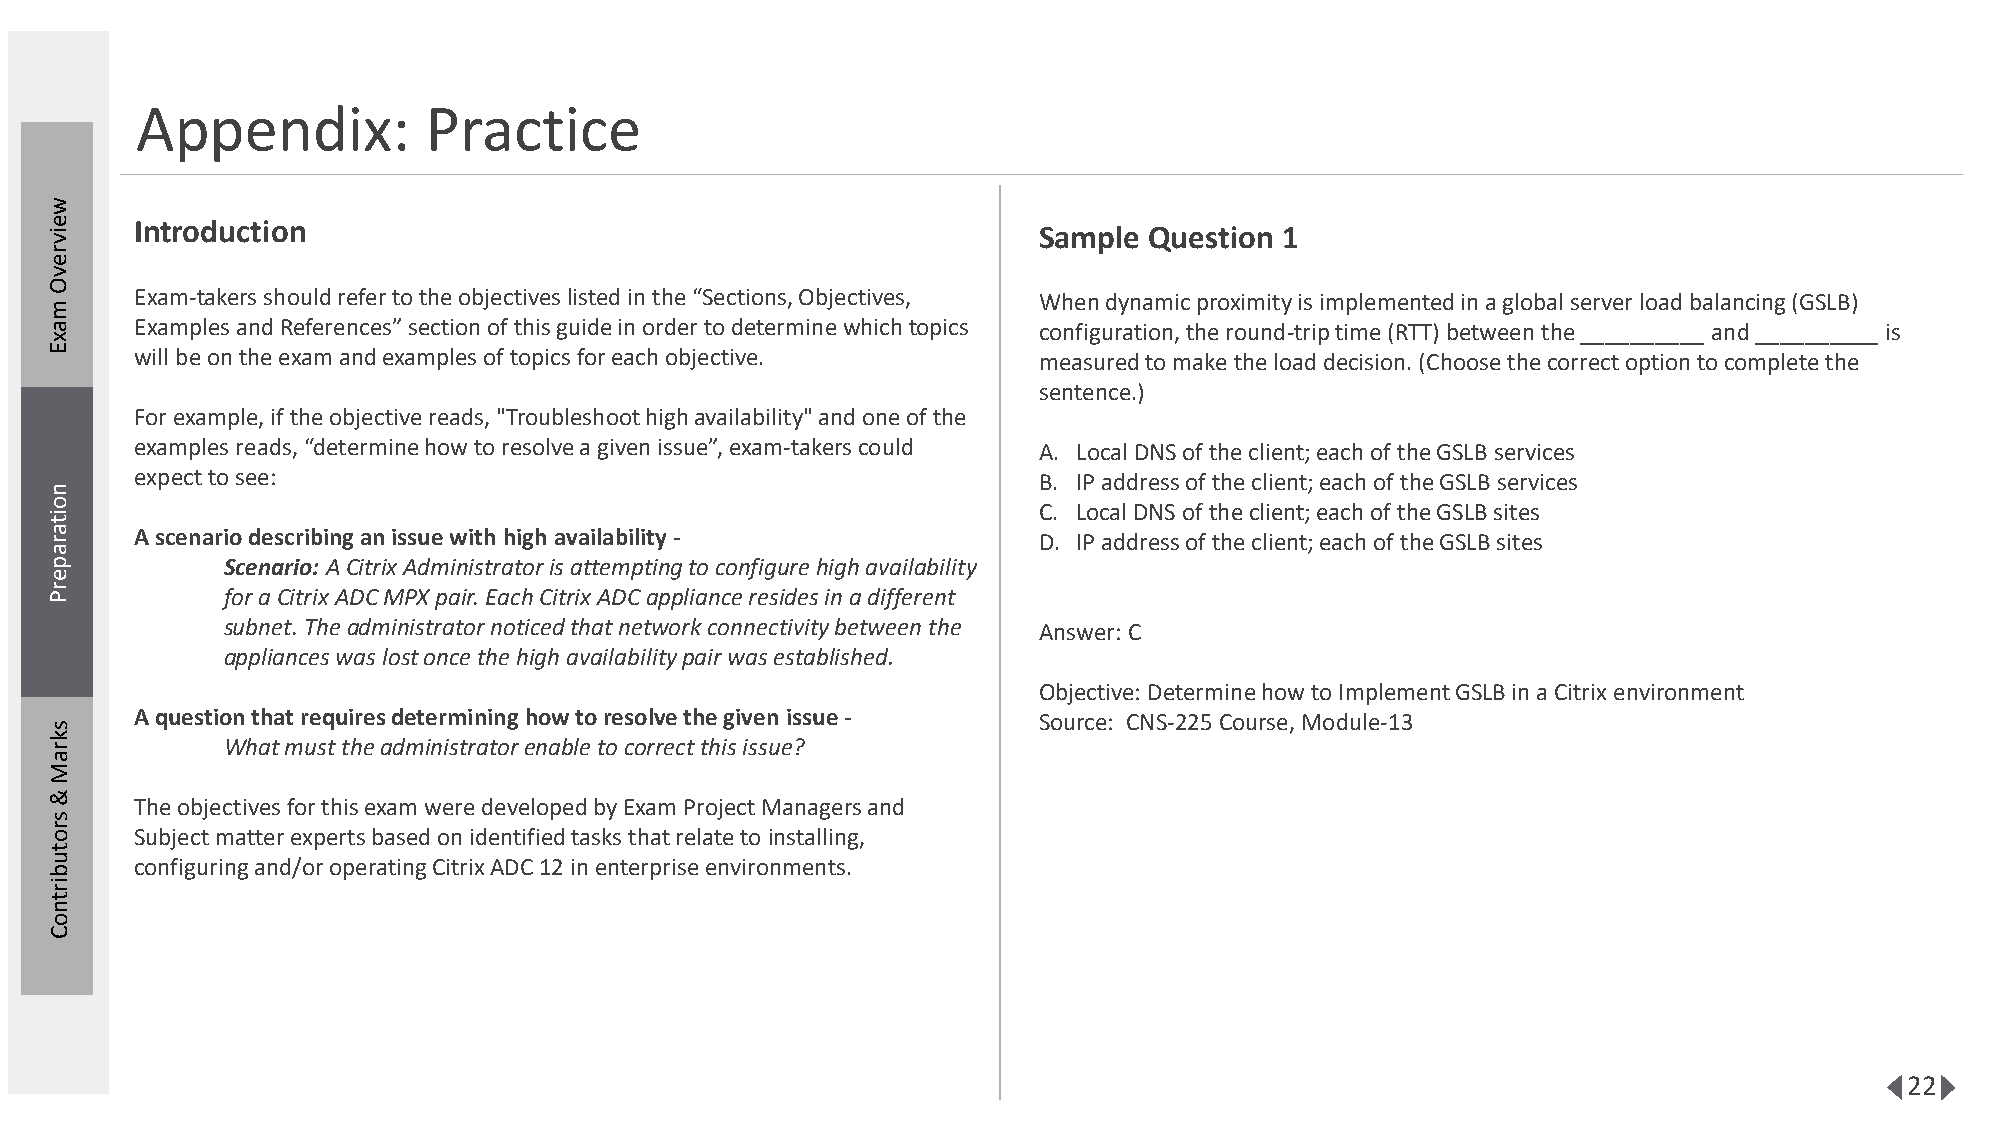
Appendix:          Practice
 w
 e iv  Introduction                                                Sample Question 1
 r
 e
 v
 O
 m
 Exam-takers should refer to the objectives listed in the “Sections, Objectives, When dynamic proximity is implemented in a global server load balancing (GSLB)
 a     Examples and References” section of this guide in order to determine which topics configuration, the round-trip time (RTT) between the __________ and __________ is
 x
 E     will be on the exam and examples of topics for each objective. measured to make the load decision. (Choose the correct option to complete the
 sentence.)
 For example, if the objective reads, "Troubleshoot high availability" and one of the
 examples reads, “determine how to resolve a given issue”, exam-takers could A. Local DNS of the client; each of the GSLB services
 expect to see:                                              B. IP address of the client; each of the GSLB services
 n
 o                                                                 C. Local DNS of the client; each of the GSLB sites
 it
 a r   A scenario describing an issue with high availability -     D. IP address of the client; each of the GSLB sites
 a
 p           Scenario:A Citrix Administrator is attempting to configure high availability
 e
 r P         for a Citrix ADC MPX pair. Each Citrix ADC appliance resides in a different
 subnet. The administrator noticed that network connectivity between the Answer: C
 appliances was lost once the high availability pair was established.
 Objective: Determine how to Implement GSLB in a Citrix environment
 A question that requires determining how to resolve the given issue - Source: CNS-225 Course, Module-13
 s
 k r         What must the administrator enable to correct this issue?
 a
 M
 &
 The objectives for this exam were developed by Exam Project Managers and
 s
 r o   Subject matter experts based on identified tasks that relate to installing,
 t
 u     configuring and/or operating Citrix ADC 12 in enterprise environments.
 b
 ir
 t
 n
 o
 C
 22